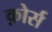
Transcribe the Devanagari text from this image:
क़ोर्स